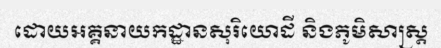
ដោយអគ្គនាយកដ្ឋានសុរិយោដី និងភូមិសាស្ត្រ